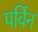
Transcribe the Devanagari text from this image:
पर्विन